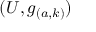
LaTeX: ( U , g _ { ( a , k ) } )